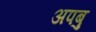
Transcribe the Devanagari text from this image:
अपबु